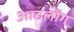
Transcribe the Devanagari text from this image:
आठलोंग